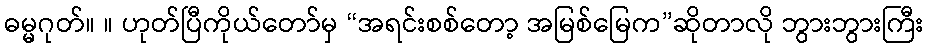
ဓမ္မဂုတ်။ ။ ဟုတ်ပြီကိုယ်တော်မှ “အရင်းစစ်တော့ အမြစ်မြေက”ဆိုတာလို ဘွားဘွားကြီး